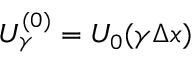
U _ { \gamma } ^ { ( 0 ) } = U _ { 0 } ( \gamma \Delta { } x )